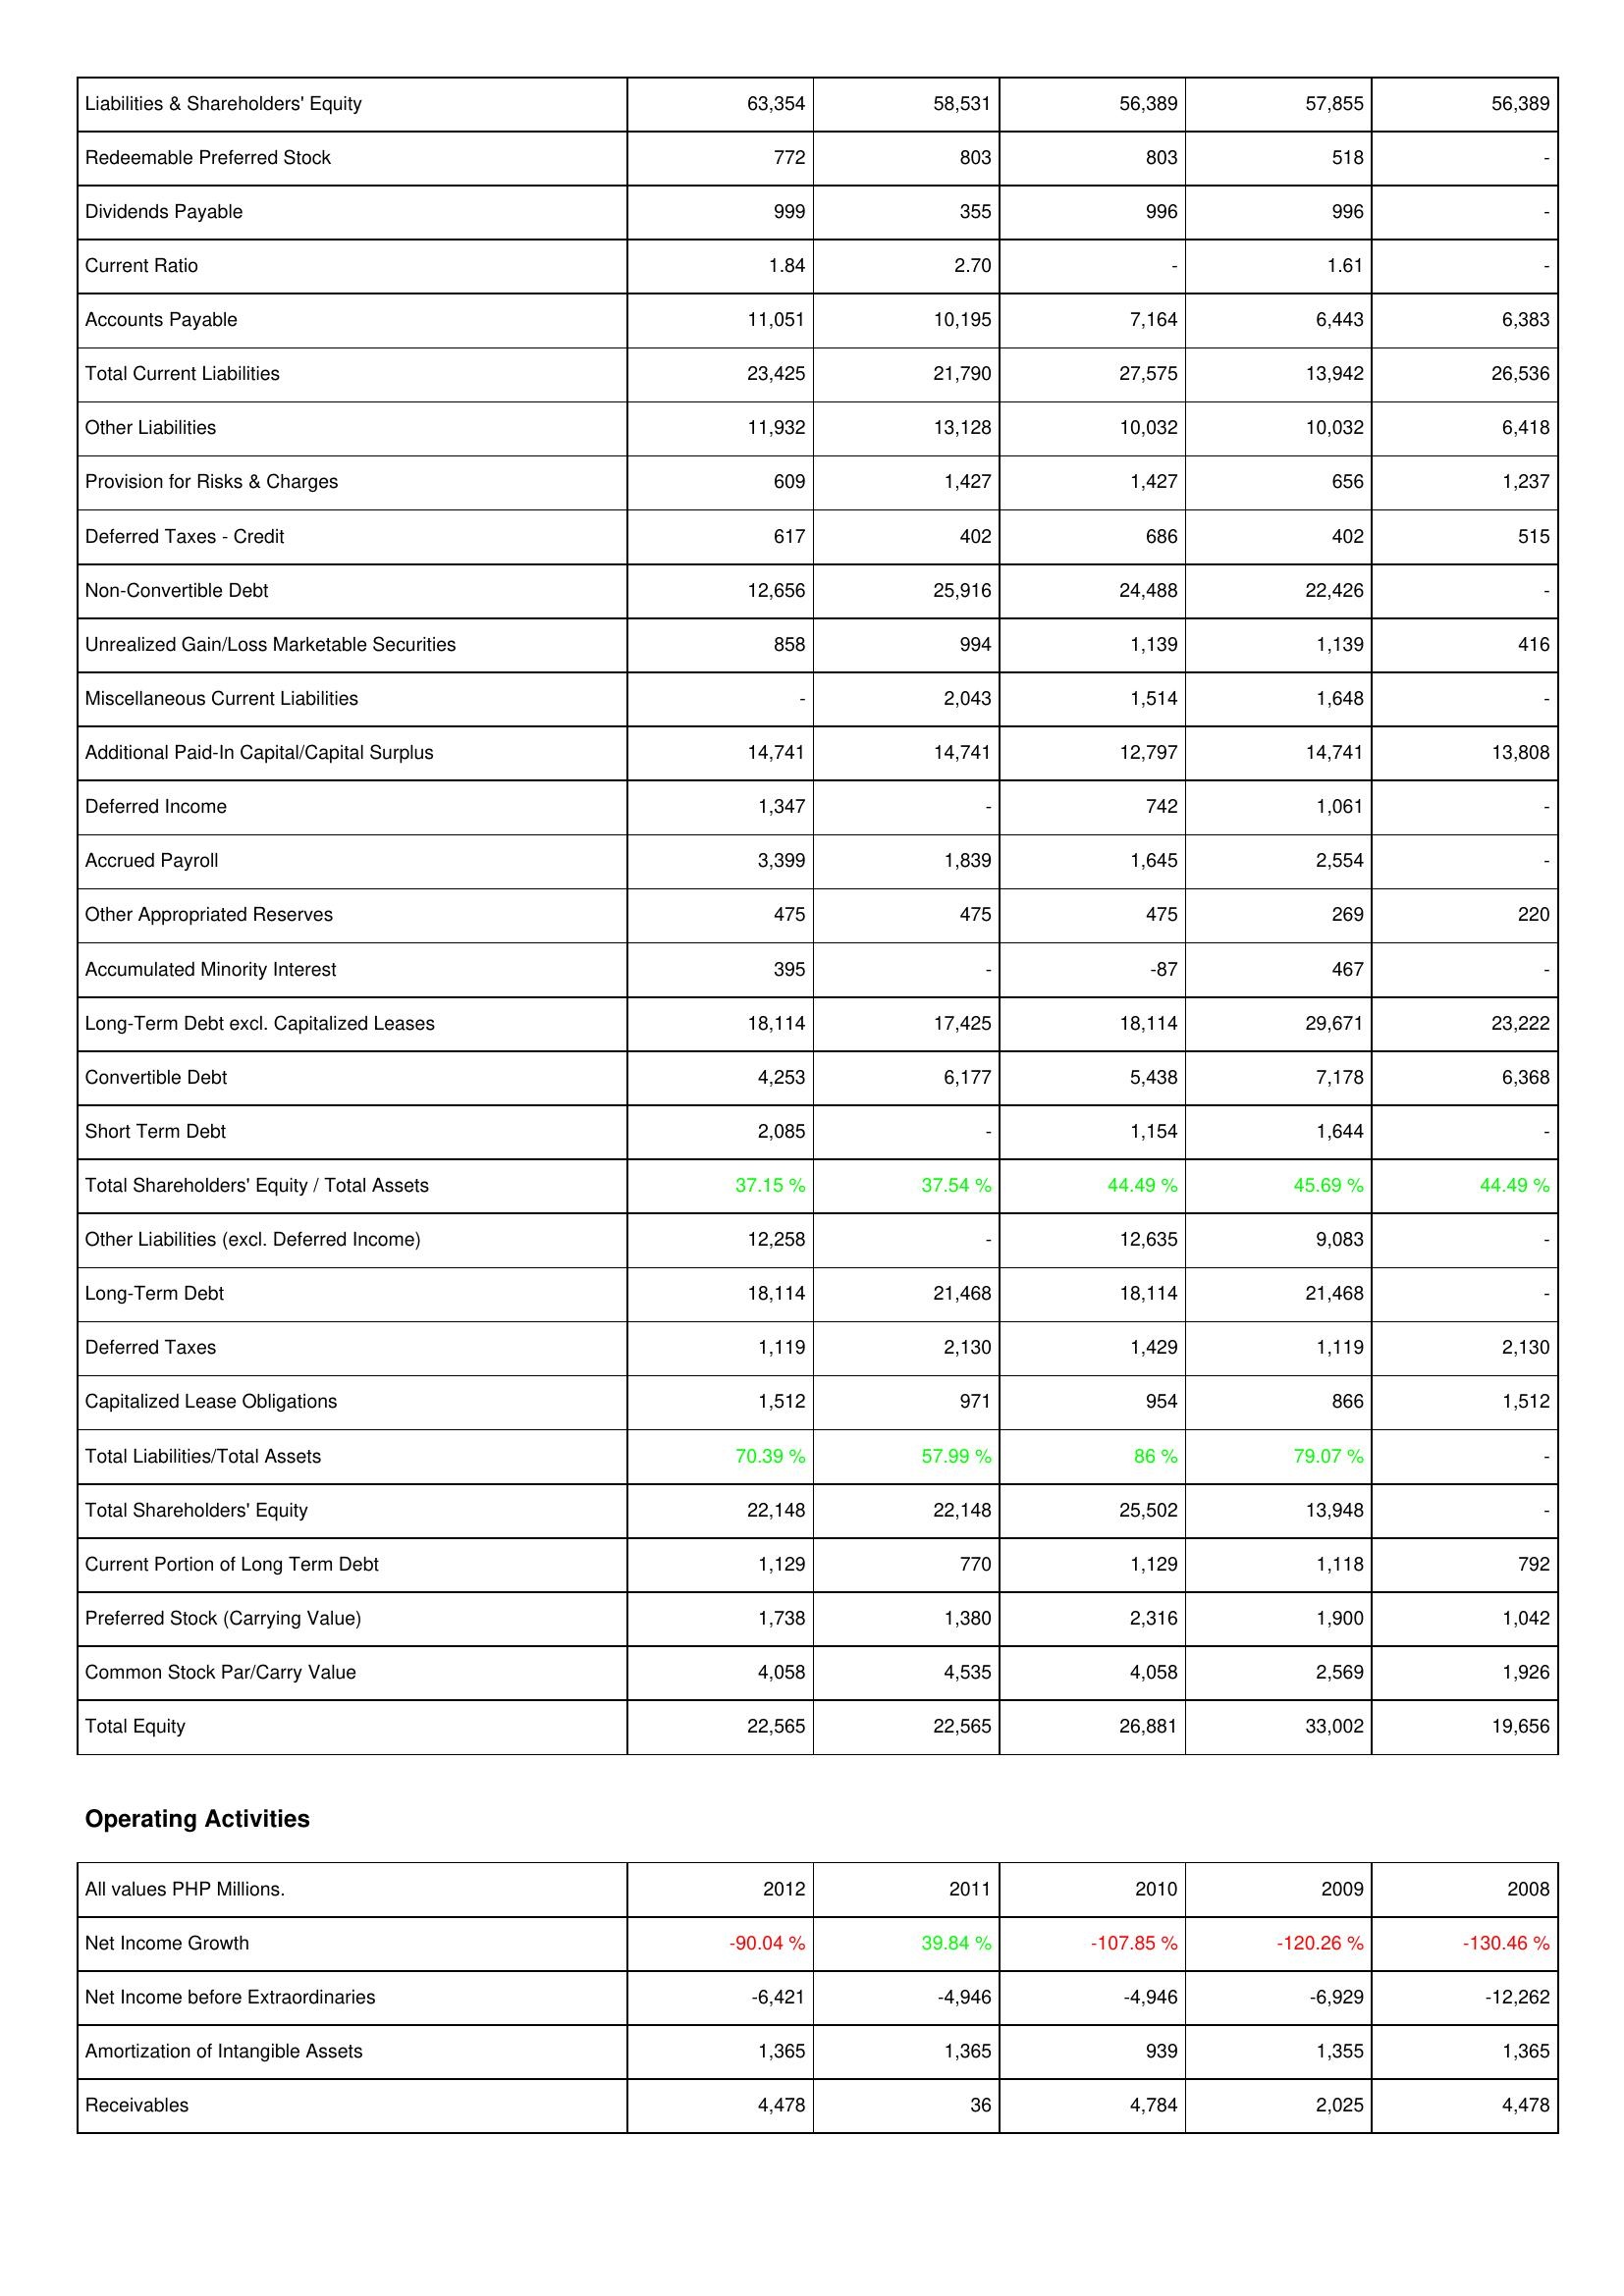
2012: Liabilities & Shareholders' Equity: Liabilities & Shareholders' Equity: 63,354
Redeemable Preferred Stock: 772
Dividends Payable: 999
Current Ratio: 1.84
Accounts Payable: 11,051
Total Current Liabilities: 23,425
Other Liabilities: 11,932
Provision for Risks & Charges: 609
Deferred Taxes - Credit: 617
Non-Convertible Debt: 12,656
Unrealized Gain/Loss Marketable Securities: 858
Miscellaneous Current Liabilities: -
Additional Paid-In Capital/Capital Surplus: 14,741
Deferred Income: 1,347
Accrued Payroll: 3,399
Other Appropriated Reserves: 475
Accumulated Minority Interest: 395
Long-Term Debt excl. Capitalized Leases: 18,114
Convertible Debt: 4,253
Short Term Debt: 2,085
Total Shareholders' Equity / Total Assets: 37.15 %
Other Liabilities (excl. Deferred Income): 12,258
Long-Term Debt: 18,114
Deferred Taxes: 1,119
Capitalized Lease Obligations: 1,512
Total Liabilities/Total Assets: 70.39 %
Total Shareholders' Equity: 22,148
Current Portion of Long Term Debt: 1,129
Preferred Stock (Carrying Value): 1,738
Common Stock Par/Carry Value: 4,058
Total Equity: 22,565
Operating Activities: Net Income Growth: -90.04 %
Net Income before Extraordinaries: -6,421
Amortization of Intangible Assets: 1,365
Receivables: 4,478
2011: Liabilities & Shareholders' Equity: Liabilities & Shareholders' Equity: 58,531
Redeemable Preferred Stock: 803
Dividends Payable: 355
Current Ratio: 2.70
Accounts Payable: 10,195
Total Current Liabilities: 21,790
Other Liabilities: 13,128
Provision for Risks & Charges: 1,427
Deferred Taxes - Credit: 402
Non-Convertible Debt: 25,916
Unrealized Gain/Loss Marketable Securities: 994
Miscellaneous Current Liabilities: 2,043
Additional Paid-In Capital/Capital Surplus: 14,741
Deferred Income: -
Accrued Payroll: 1,839
Other Appropriated Reserves: 475
Accumulated Minority Interest: -
Long-Term Debt excl. Capitalized Leases: 17,425
Convertible Debt: 6,177
Short Term Debt: -
Total Shareholders' Equity / Total Assets: 37.54 %
Other Liabilities (excl. Deferred Income): -
Long-Term Debt: 21,468
Deferred Taxes: 2,130
Capitalized Lease Obligations: 971
Total Liabilities/Total Assets: 57.99 %
Total Shareholders' Equity: 22,148
Current Portion of Long Term Debt: 770
Preferred Stock (Carrying Value): 1,380
Common Stock Par/Carry Value: 4,535
Total Equity: 22,565
Operating Activities: Net Income Growth: 39.84 %
Net Income before Extraordinaries: -4,946
Amortization of Intangible Assets: 1,365
Receivables: 36
2010: Liabilities & Shareholders' Equity: Liabilities & Shareholders' Equity: 56,389
Redeemable Preferred Stock: 803
Dividends Payable: 996
Current Ratio: -
Accounts Payable: 7,164
Total Current Liabilities: 27,575
Other Liabilities: 10,032
Provision for Risks & Charges: 1,427
Deferred Taxes - Credit: 686
Non-Convertible Debt: 24,488
Unrealized Gain/Loss Marketable Securities: 1,139
Miscellaneous Current Liabilities: 1,514
Additional Paid-In Capital/Capital Surplus: 12,797
Deferred Income: 742
Accrued Payroll: 1,645
Other Appropriated Reserves: 475
Accumulated Minority Interest: -87
Long-Term Debt excl. Capitalized Leases: 18,114
Convertible Debt: 5,438
Short Term Debt: 1,154
Total Shareholders' Equity / Total Assets: 44.49 %
Other Liabilities (excl. Deferred Income): 12,635
Long-Term Debt: 18,114
Deferred Taxes: 1,429
Capitalized Lease Obligations: 954
Total Liabilities/Total Assets: 86 %
Total Shareholders' Equity: 25,502
Current Portion of Long Term Debt: 1,129
Preferred Stock (Carrying Value): 2,316
Common Stock Par/Carry Value: 4,058
Total Equity: 26,881
Operating Activities: Net Income Growth: -107.85 %
Net Income before Extraordinaries: -4,946
Amortization of Intangible Assets: 939
Receivables: 4,784
2009: Liabilities & Shareholders' Equity: Liabilities & Shareholders' Equity: 57,855
Redeemable Preferred Stock: 518
Dividends Payable: 996
Current Ratio: 1.61
Accounts Payable: 6,443
Total Current Liabilities: 13,942
Other Liabilities: 10,032
Provision for Risks & Charges: 656
Deferred Taxes - Credit: 402
Non-Convertible Debt: 22,426
Unrealized Gain/Loss Marketable Securities: 1,139
Miscellaneous Current Liabilities: 1,648
Additional Paid-In Capital/Capital Surplus: 14,741
Deferred Income: 1,061
Accrued Payroll: 2,554
Other Appropriated Reserves: 269
Accumulated Minority Interest: 467
Long-Term Debt excl. Capitalized Leases: 29,671
Convertible Debt: 7,178
Short Term Debt: 1,644
Total Shareholders' Equity / Total Assets: 45.69 %
Other Liabilities (excl. Deferred Income): 9,083
Long-Term Debt: 21,468
Deferred Taxes: 1,119
Capitalized Lease Obligations: 866
Total Liabilities/Total Assets: 79.07 %
Total Shareholders' Equity: 13,948
Current Portion of Long Term Debt: 1,118
Preferred Stock (Carrying Value): 1,900
Common Stock Par/Carry Value: 2,569
Total Equity: 33,002
Operating Activities: Net Income Growth: -120.26 %
Net Income before Extraordinaries: -6,929
Amortization of Intangible Assets: 1,355
Receivables: 2,025
2008: Liabilities & Shareholders' Equity: Liabilities & Shareholders' Equity: 56,389
Redeemable Preferred Stock: -
Dividends Payable: -
Current Ratio: -
Accounts Payable: 6,383
Total Current Liabilities: 26,536
Other Liabilities: 6,418
Provision for Risks & Charges: 1,237
Deferred Taxes - Credit: 515
Non-Convertible Debt: -
Unrealized Gain/Loss Marketable Securities: 416
Miscellaneous Current Liabilities: -
Additional Paid-In Capital/Capital Surplus: 13,808
Deferred Income: -
Accrued Payroll: -
Other Appropriated Reserves: 220
Accumulated Minority Interest: -
Long-Term Debt excl. Capitalized Leases: 23,222
Convertible Debt: 6,368
Short Term Debt: -
Total Shareholders' Equity / Total Assets: 44.49 %
Other Liabilities (excl. Deferred Income): -
Long-Term Debt: -
Deferred Taxes: 2,130
Capitalized Lease Obligations: 1,512
Total Liabilities/Total Assets: -
Total Shareholders' Equity: -
Current Portion of Long Term Debt: 792
Preferred Stock (Carrying Value): 1,042
Common Stock Par/Carry Value: 1,926
Total Equity: 19,656
Operating Activities: Net Income Growth: -130.46 %
Net Income before Extraordinaries: -12,262
Amortization of Intangible Assets: 1,365
Receivables: 4,478